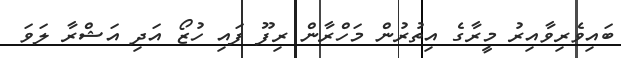
ބައިވެރިވާއިރު މީރާގެ އިތުރުން މަހްރާން ރިފޫ ފައި ހުޒޯ އަދި އަޝްރާ ލަވަ